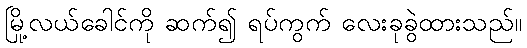
မြို့လယ်ခေါင်ကို ဆက်၍ ရပ်ကွက် လေးခုခွဲထားသည်။